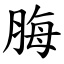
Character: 脢